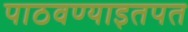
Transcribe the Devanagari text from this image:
पाठवण्याइतपत